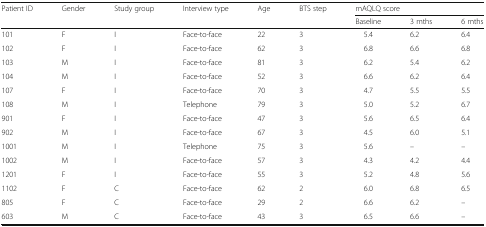
<table><thead><tr><td rowspan="2"><b>Patient ID</b></td><td rowspan="2"><b>Gender</b></td><td rowspan="2"><b>Study group</b></td><td rowspan="2"><b>Interview type</b></td><td rowspan="2"><b>Age</b></td><td rowspan="2"><b>BTS step</b></td><td colspan="3"><b>mAQLQ score</b></td></tr><tr><td><b>Baseline</b></td><td><b>3 mths</b></td><td><b>6 mths</b></td></tr></thead><tbody><tr><td>101</td><td>F</td><td>I</td><td>Face-to-face</td><td>22</td><td>3</td><td>5.4</td><td>6.2</td><td>6.4</td></tr><tr><td>102</td><td>F</td><td>I</td><td>Face-to-face</td><td>62</td><td>3</td><td>6.8</td><td>6.6</td><td>6.8</td></tr><tr><td>103</td><td>M</td><td>I</td><td>Face-to-face</td><td>81</td><td>3</td><td>6.2</td><td>5.4</td><td>6.2</td></tr><tr><td>104</td><td>M</td><td>I</td><td>Face-to-face</td><td>52</td><td>3</td><td>6.6</td><td>6.2</td><td>6.4</td></tr><tr><td>107</td><td>F</td><td>I</td><td>Face-to-face</td><td>70</td><td>3</td><td>4.7</td><td>5.5</td><td>5.5</td></tr><tr><td>108</td><td>M</td><td>I</td><td>Telephone</td><td>79</td><td>3</td><td>5.0</td><td>5.2</td><td>6.7</td></tr><tr><td>901</td><td>F</td><td>I</td><td>Face-to-face</td><td>47</td><td>3</td><td>5.6</td><td>6.5</td><td>6.4</td></tr><tr><td>902</td><td>M</td><td>I</td><td>Face-to-face</td><td>67</td><td>3</td><td>4.5</td><td>6.0</td><td>5.1</td></tr><tr><td>1001</td><td>M</td><td>I</td><td>Telephone</td><td>75</td><td>3</td><td>5.6</td><td>–</td><td>–</td></tr><tr><td>1002</td><td>M</td><td>I</td><td>Face-to-face</td><td>57</td><td>3</td><td>4.3</td><td>4.2</td><td>4.4</td></tr><tr><td>1201</td><td>F</td><td>I</td><td>Face-to-face</td><td>55</td><td>3</td><td>5.2</td><td>4.8</td><td>5.6</td></tr><tr><td>1102</td><td>F</td><td>C</td><td>Face-to-face</td><td>62</td><td>2</td><td>6.0</td><td>6.8</td><td>6.5</td></tr><tr><td>805</td><td>F</td><td>C</td><td>Face-to-face</td><td>29</td><td>2</td><td>6.6</td><td>6.2</td><td>–</td></tr><tr><td>603</td><td>M</td><td>C</td><td>Face-to-face</td><td>43</td><td>3</td><td>6.5</td><td>6.6</td><td>–</td></tr></tbody></table>